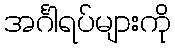
အင်္ဂါရပ်များကို